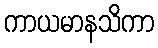
ကာယမာနသိကာ